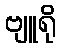
ဗျူရို